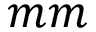
m m